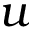
u